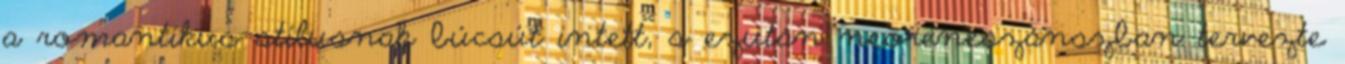
a romantikus stílusnak búcsút intett, s ezután neoreneszánszban tervezte